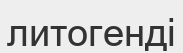
литогенді